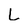
Character: L